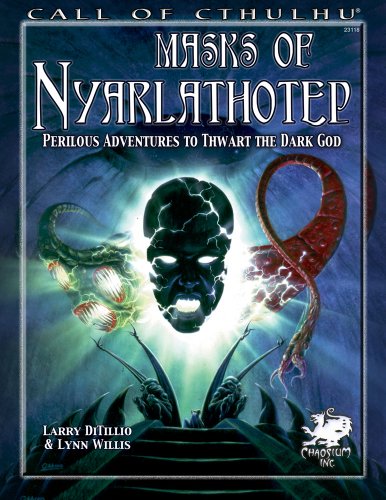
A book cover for Masks of Nyarlathotep: Perilous Adventures to Thwart the Dark God (Call of Cthulhu roleplaying); Larry Ditillio; Science Fiction & Fantasy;